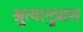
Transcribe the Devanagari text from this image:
श्रुत्यानुप्रास